Report on the working of the mental hospitals for Indians in Bihar and Orissa - 1925-1929
Year: 1925
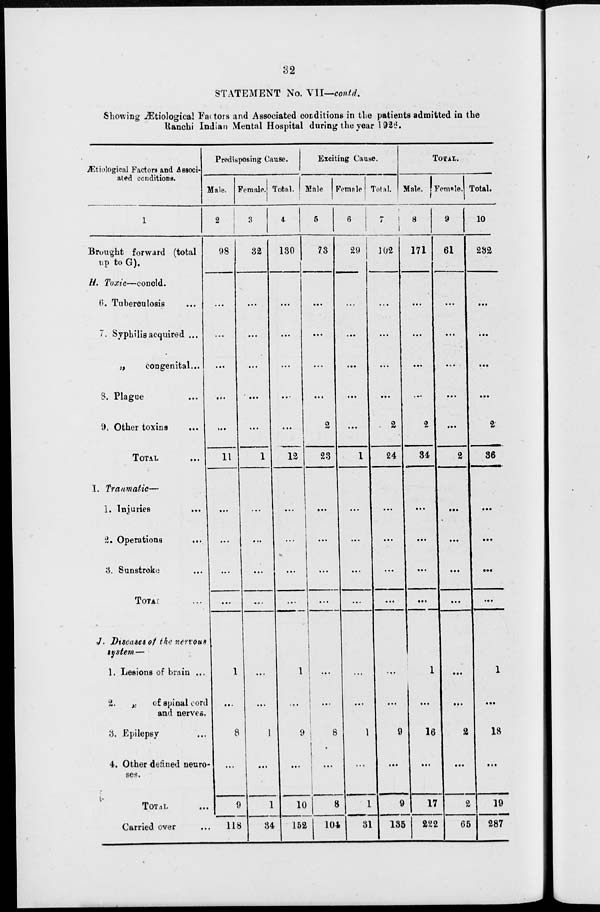
32
STATEMENT No. VII—contd.
Showing Ætiological Factors and Associated conditions in the patients admitted in the
Ranchi Indian Mental Hospital during the year 1926.
Ætiological Factors and Associ-
ated conditions.
1
Brought forward (total
up to G).
H. Toxic—concld.
6. Tuberculosis ...
7. Syphilis acquired ...
„
congenital...
8. Plague ...
9. Other toxins ...
TOTAL ...
I. Traumatic—
1. Injuries ...
2. Operations ...
3. Sunstroke ...
TOTAL ...
J. Diseases of the nervous
system—
1. Lesions of brain ...
2.
„
of spinal cord
and nerves.
3. Epilepsy ...
4. Other defined neuro-
ses.
TOTAL ...
Carried over ...
Predisposing Cause.
Male.
2
98
...
...
...
...
...
11
...
...
...
...
1
...
8
...
9
118
Female.
3
32
...
...
...
...
...
1
...
...
...
...
...
...
1
...
1
34
Total.
4
130
...
...
...
...
...
12
...
...
...
...
1
...
9
...
10
152
Exciting Cause.
Male.
5
73
...
...
...
...
2
23
...
...
...
...
...
...
8
...
8
104
Female.
6
29
...
...
...
...
...
1
...
...
...
...
...
...
1
...
1
31
Total.
7
102
...
...
...
...
2
24
...
...
...
...
...
...
9
...
9
135
TOTAL.
Male.
8
171
...
...
...
...
2
34
...
...
...
...
1
...
16
...
17
222
Female.
9
61
...
...
...
...
...
2
...
...
...
...
...
...
2
...
2
65
Total.
10
232
...
...
...
...
2
36
...
...
...
...
1
...
18
...
19
287